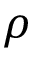
\rho